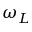
\omega _ { L }